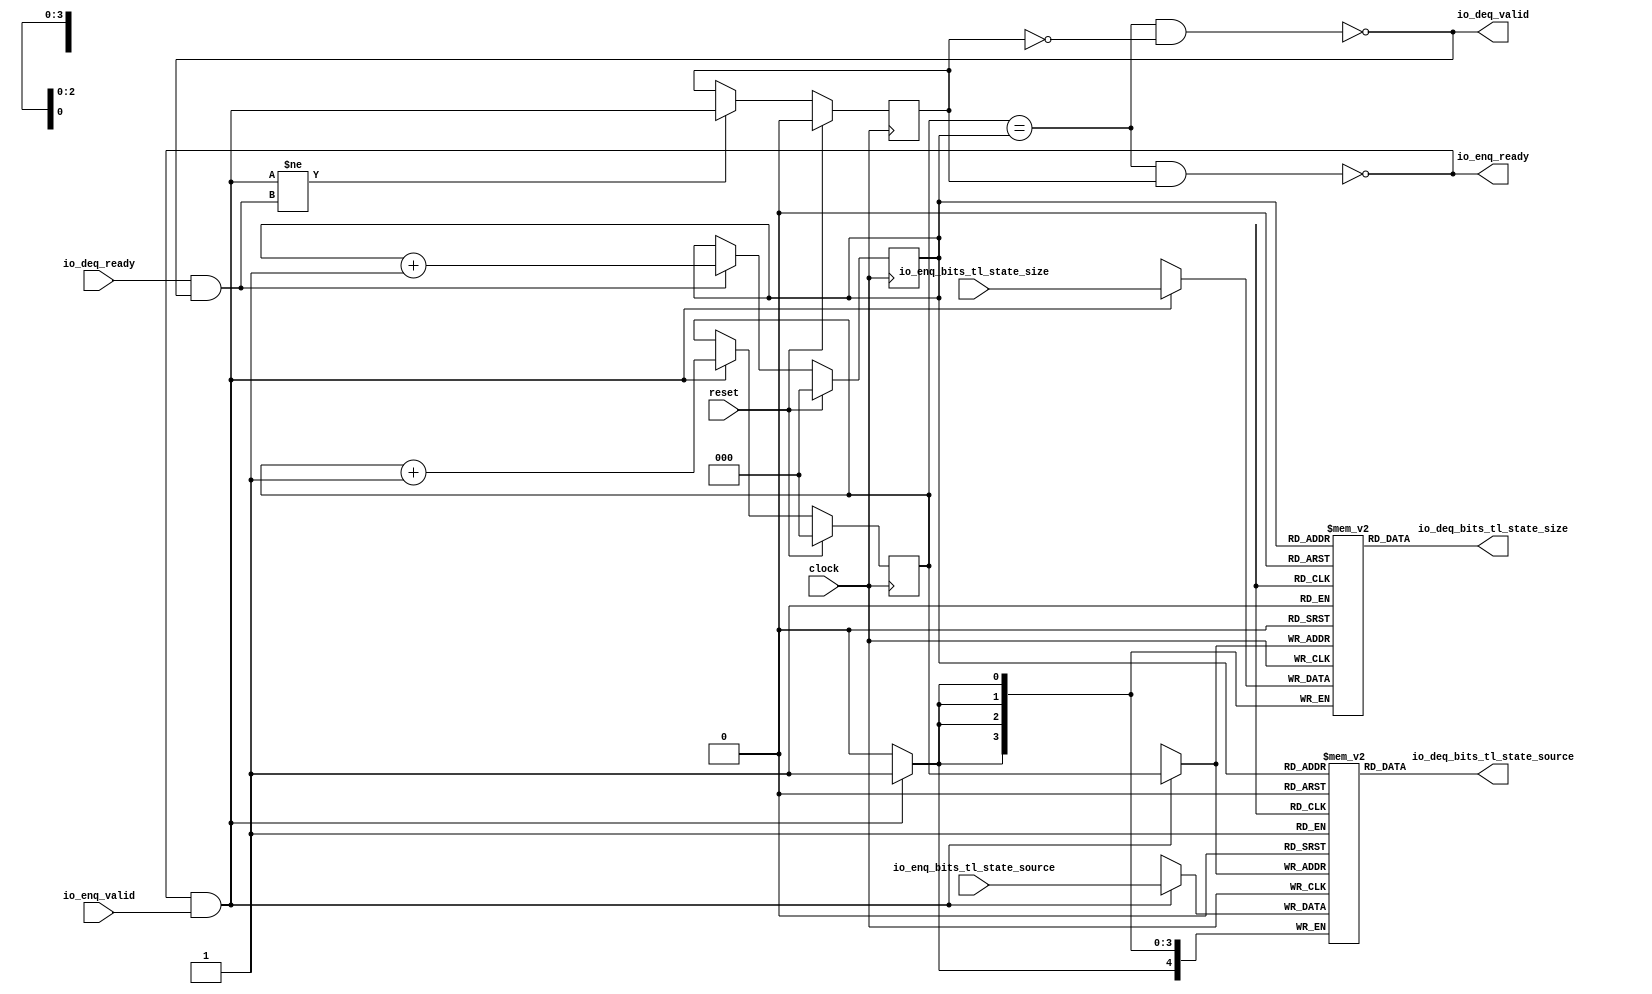
module QueueCompatibility_1(
  input        clock,
  input        reset,
  output       io_enq_ready,
  input        io_enq_valid,
  input  [3:0] io_enq_bits_tl_state_size,
  input  [4:0] io_enq_bits_tl_state_source,
  input        io_deq_ready,
  output       io_deq_valid,
  output [3:0] io_deq_bits_tl_state_size,
  output [4:0] io_deq_bits_tl_state_source
);
`ifdef RANDOMIZE_MEM_INIT
  reg [31:0] _RAND_0;
  reg [31:0] _RAND_1;
`endif // RANDOMIZE_MEM_INIT
`ifdef RANDOMIZE_REG_INIT
  reg [31:0] _RAND_2;
  reg [31:0] _RAND_3;
  reg [31:0] _RAND_4;
`endif // RANDOMIZE_REG_INIT
  reg [3:0] ram_tl_state_size [0:7]; // @[Decoupled.scala 218:16]
  wire [3:0] ram_tl_state_size_io_deq_bits_MPORT_data; // @[Decoupled.scala 218:16]
  wire [2:0] ram_tl_state_size_io_deq_bits_MPORT_addr; // @[Decoupled.scala 218:16]
  wire [3:0] ram_tl_state_size_MPORT_data; // @[Decoupled.scala 218:16]
  wire [2:0] ram_tl_state_size_MPORT_addr; // @[Decoupled.scala 218:16]
  wire  ram_tl_state_size_MPORT_mask; // @[Decoupled.scala 218:16]
  wire  ram_tl_state_size_MPORT_en; // @[Decoupled.scala 218:16]
  reg [4:0] ram_tl_state_source [0:7]; // @[Decoupled.scala 218:16]
  wire [4:0] ram_tl_state_source_io_deq_bits_MPORT_data; // @[Decoupled.scala 218:16]
  wire [2:0] ram_tl_state_source_io_deq_bits_MPORT_addr; // @[Decoupled.scala 218:16]
  wire [4:0] ram_tl_state_source_MPORT_data; // @[Decoupled.scala 218:16]
  wire [2:0] ram_tl_state_source_MPORT_addr; // @[Decoupled.scala 218:16]
  wire  ram_tl_state_source_MPORT_mask; // @[Decoupled.scala 218:16]
  wire  ram_tl_state_source_MPORT_en; // @[Decoupled.scala 218:16]
  reg [2:0] enq_ptr_value; // @[Counter.scala 60:40]
  reg [2:0] deq_ptr_value; // @[Counter.scala 60:40]
  reg  maybe_full; // @[Decoupled.scala 221:27]
  wire  ptr_match = enq_ptr_value == deq_ptr_value; // @[Decoupled.scala 223:33]
  wire  empty = ptr_match & (~maybe_full); // @[Decoupled.scala 224:25]
  wire  full = ptr_match & maybe_full; // @[Decoupled.scala 225:24]
  wire  do_enq = io_enq_ready & io_enq_valid; // @[Decoupled.scala 40:37]
  wire  do_deq = io_deq_ready & io_deq_valid; // @[Decoupled.scala 40:37]
  wire [2:0] _enq_ptr_value_T_1 = enq_ptr_value + 3'h1; // @[Counter.scala 76:24]
  wire [2:0] _deq_ptr_value_T_1 = deq_ptr_value + 3'h1; // @[Counter.scala 76:24]
  wire  _T = do_enq != do_deq; // @[Decoupled.scala 236:16]
  assign ram_tl_state_size_io_deq_bits_MPORT_addr = deq_ptr_value;
  assign ram_tl_state_size_io_deq_bits_MPORT_data = ram_tl_state_size[ram_tl_state_size_io_deq_bits_MPORT_addr]; // @[Decoupled.scala 218:16]
  assign ram_tl_state_size_MPORT_data = io_enq_bits_tl_state_size;
  assign ram_tl_state_size_MPORT_addr = enq_ptr_value;
  assign ram_tl_state_size_MPORT_mask = 1'h1;
  assign ram_tl_state_size_MPORT_en = io_enq_ready & io_enq_valid;
  assign ram_tl_state_source_io_deq_bits_MPORT_addr = deq_ptr_value;
  assign ram_tl_state_source_io_deq_bits_MPORT_data = ram_tl_state_source[ram_tl_state_source_io_deq_bits_MPORT_addr]; // @[Decoupled.scala 218:16]
  assign ram_tl_state_source_MPORT_data = io_enq_bits_tl_state_source;
  assign ram_tl_state_source_MPORT_addr = enq_ptr_value;
  assign ram_tl_state_source_MPORT_mask = 1'h1;
  assign ram_tl_state_source_MPORT_en = io_enq_ready & io_enq_valid;
  assign io_enq_ready = ~full; // @[Decoupled.scala 241:19]
  assign io_deq_valid = ~empty; // @[Decoupled.scala 240:19]
  assign io_deq_bits_tl_state_size = ram_tl_state_size_io_deq_bits_MPORT_data; // @[Decoupled.scala 242:15]
  assign io_deq_bits_tl_state_source = ram_tl_state_source_io_deq_bits_MPORT_data; // @[Decoupled.scala 242:15]
  always @(posedge clock) begin
    if(ram_tl_state_size_MPORT_en & ram_tl_state_size_MPORT_mask) begin
      ram_tl_state_size[ram_tl_state_size_MPORT_addr] <= ram_tl_state_size_MPORT_data; // @[Decoupled.scala 218:16]
    end
    if(ram_tl_state_source_MPORT_en & ram_tl_state_source_MPORT_mask) begin
      ram_tl_state_source[ram_tl_state_source_MPORT_addr] <= ram_tl_state_source_MPORT_data; // @[Decoupled.scala 218:16]
    end
    if (reset) begin // @[Counter.scala 60:40]
      enq_ptr_value <= 3'h0; // @[Counter.scala 60:40]
    end else if (do_enq) begin // @[Decoupled.scala 229:17]
      enq_ptr_value <= _enq_ptr_value_T_1; // @[Counter.scala 76:15]
    end
    if (reset) begin // @[Counter.scala 60:40]
      deq_ptr_value <= 3'h0; // @[Counter.scala 60:40]
    end else if (do_deq) begin // @[Decoupled.scala 233:17]
      deq_ptr_value <= _deq_ptr_value_T_1; // @[Counter.scala 76:15]
    end
    if (reset) begin // @[Decoupled.scala 221:27]
      maybe_full <= 1'h0; // @[Decoupled.scala 221:27]
    end else if (_T) begin // @[Decoupled.scala 236:28]
      maybe_full <= do_enq; // @[Decoupled.scala 237:16]
    end
  end
// Register and memory initialization
`ifdef RANDOMIZE_GARBAGE_ASSIGN
`define RANDOMIZE
`endif
`ifdef RANDOMIZE_INVALID_ASSIGN
`define RANDOMIZE
`endif
`ifdef RANDOMIZE_REG_INIT
`define RANDOMIZE
`endif
`ifdef RANDOMIZE_MEM_INIT
`define RANDOMIZE
`endif
`ifndef RANDOM
`define RANDOM $random
`endif
`ifdef RANDOMIZE_MEM_INIT
  integer initvar;
`endif
`ifndef SYNTHESIS
`ifdef FIRRTL_BEFORE_INITIAL
`FIRRTL_BEFORE_INITIAL
`endif
initial begin
  `ifdef RANDOMIZE
    `ifdef INIT_RANDOM
      `INIT_RANDOM
    `endif
    `ifndef VERILATOR
      `ifdef RANDOMIZE_DELAY
        #`RANDOMIZE_DELAY begin end
      `else
        #0.002 begin end
      `endif
    `endif
`ifdef RANDOMIZE_MEM_INIT
  _RAND_0 = {1{`RANDOM}};
  for (initvar = 0; initvar < 8; initvar = initvar+1)
    ram_tl_state_size[initvar] = _RAND_0[3:0];
  _RAND_1 = {1{`RANDOM}};
  for (initvar = 0; initvar < 8; initvar = initvar+1)
    ram_tl_state_source[initvar] = _RAND_1[4:0];
`endif // RANDOMIZE_MEM_INIT
`ifdef RANDOMIZE_REG_INIT
  _RAND_2 = {1{`RANDOM}};
  enq_ptr_value = _RAND_2[2:0];
  _RAND_3 = {1{`RANDOM}};
  deq_ptr_value = _RAND_3[2:0];
  _RAND_4 = {1{`RANDOM}};
  maybe_full = _RAND_4[0:0];
`endif // RANDOMIZE_REG_INIT
  `endif // RANDOMIZE
end // initial
`ifdef FIRRTL_AFTER_INITIAL
`FIRRTL_AFTER_INITIAL
`endif
`endif // SYNTHESIS
endmodule